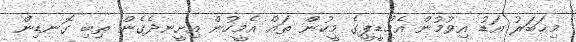
މިޚަބަރު އަޑު އިވުމުން އެމްޑީޕީގެ މީހުން ތައް އެމީހުން އިށީނދެގެން ތިބި ގޮނޑިން